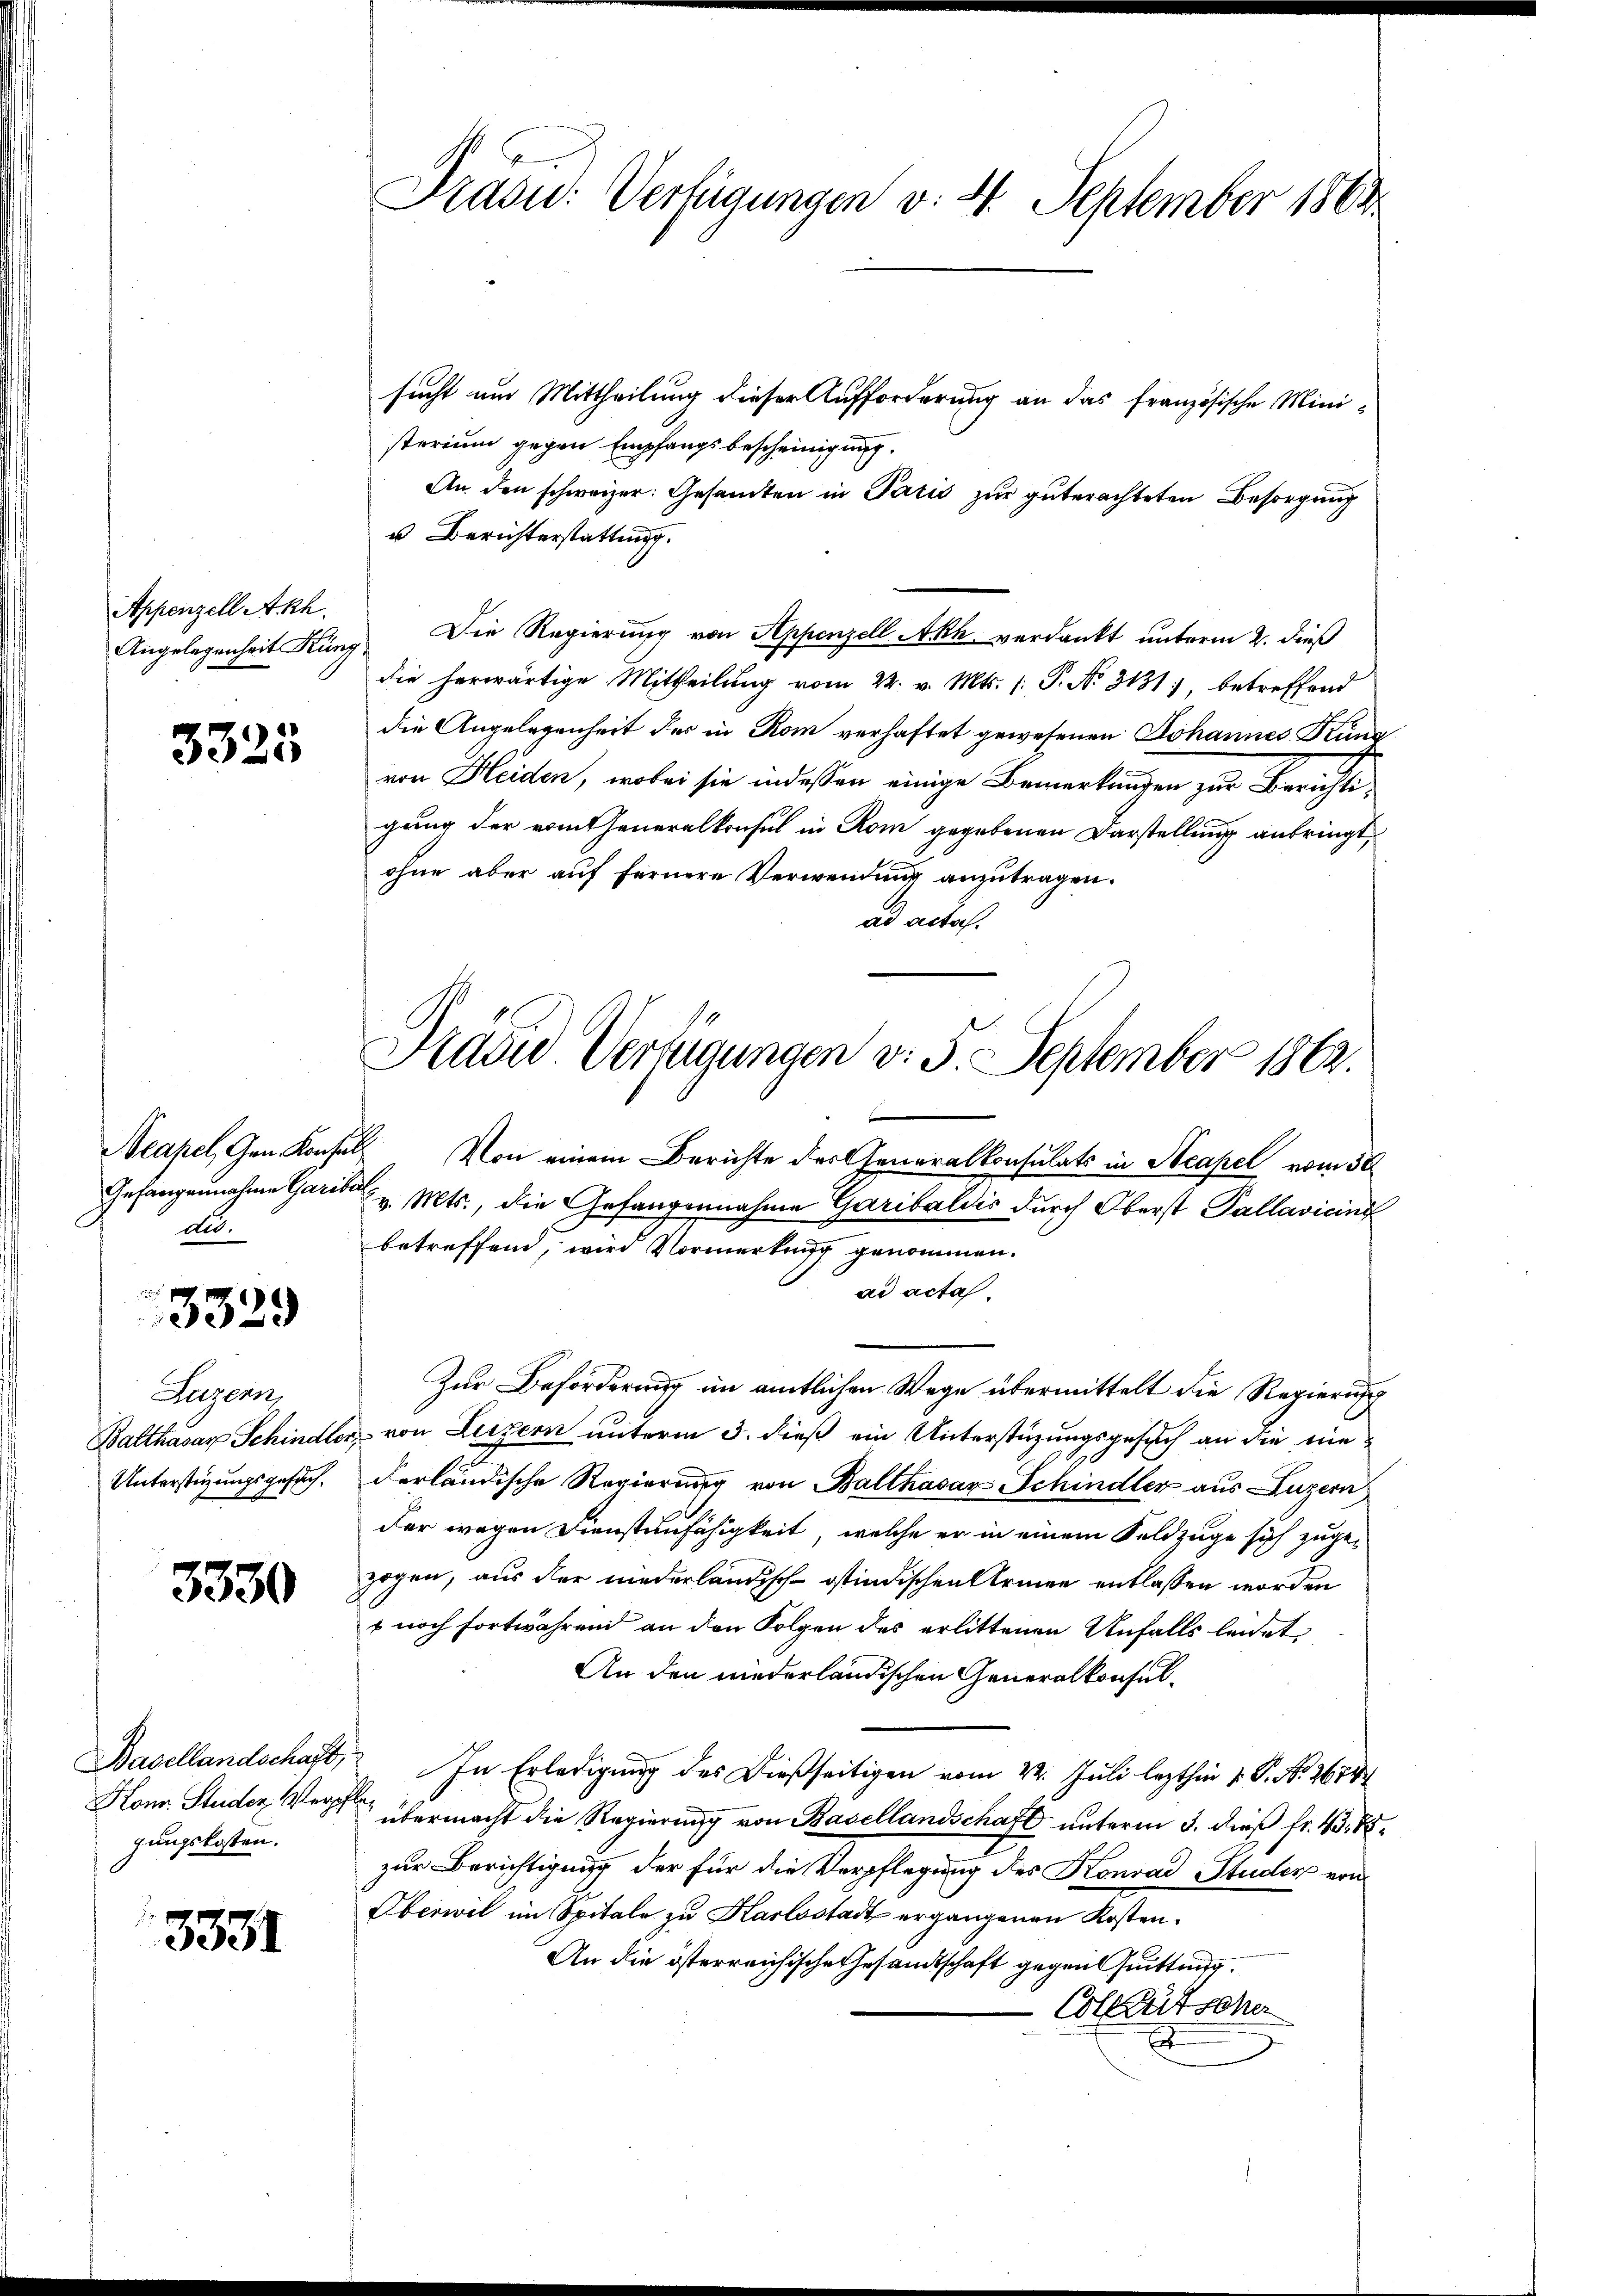
Appenzell Akh.
Angelegenheit Küng

3325

dio.

3329

Luzern,
Balthasar Schindler,
Unterstüzungsgesuch¬

3330

Hon. Studer Verpf
gungskosten.

3331

Prasid: Verfügungen v. 4. September 1863.

Prädie Verfügungen v. 5. September 1862.

sucht um Mittheilung dieser Aufforderung an das französische Ministerium gegen Empfangsbescheinigung.
An den schweizer: Gesamten in Paris zur guterachteten Besorgung
u Berichterstattung.
Die Regierung von Appenzell Akh verdankt unterm 2. dieß
die herwärtige Mittheilŭng vom 22. v. Mts. (: P. Nr. 3131), betreffend
die Angelegenheit der in Rom verhaftet gewesenen Johannes Krung
von Heiden, wobei sie indessen einige Bemerkungen zur Berichte
gung der vom Generalkonsul in Rom gegebenen Darstellung anbringt,
ohne aber auf fernere Verwendung anzutragen.
ad acta.
Neapel, Gen. Konsuls. Von einem Berichte der Generalkonsulats in Stcapel vom 30
Gefangennahme Garis v. Mts., die Gefangennahme Garibaldis durch Oberst Pallavicini
betreffend, wird Vormerkung genommen.
ad acta.
Zur Beförderung im amtlichen Wege übermittelt die Regierung
von Luzern unterm 3. dieß ein Unterstüzungsgesuch an die niederländische Regierung von Balthasar Schindler aus Luzern
der wegen Dienstenfähigkeit, welche er in einem Feldzüge sich zugezogen, aus der niederländisch-östindischen Armen entlassen worden
s noch fortwährend an den Folgen des erlittenen Unfalls leidet
An den niederländischen Generalkonsul¬
Basellandschaft, In Erledigung des Dießseitigen vom 22. Juli lezthin 1. P. Nr. 2674
übermacht die Regierŭng von Basellandschaft unterm 3. dieß fr. 45. 75.
zur Berichtigung der für die Verpflegung des Konrad Studer von
Oberwil im Spitale zu Karlsstadt ergangenen Kosten.
An die österreichische Gesandtschaft gegen Quittung
Collgütschen
.